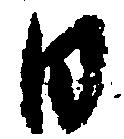
日